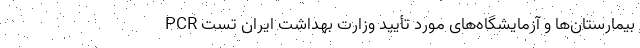
بیمارستان‌ها و آزمایشگاه‌های مورد تأیید وزارت بهداشت ایران تست PCR